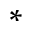
^ *